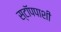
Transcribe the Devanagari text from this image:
स्टॉपपाशी